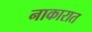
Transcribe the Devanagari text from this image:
नाकारात